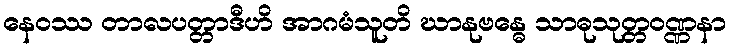
နေဝဿ တာလပတ္တာဒီဟိ အာဂမံသူတိ ဃာနုဗန္ဓေ သာဓုသုတ္တဝဏ္ဏနာ